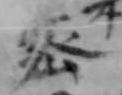
密